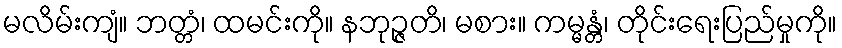
မလိမ်းကျံ။ ဘတ္တံ၊ ထမင်းကို။ နဘုဉ္ဇတိ၊ မစား။ ကမ္မန္တံ၊ တိုင်းရေးပြည်မှုကို။